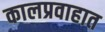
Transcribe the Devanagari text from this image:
कालप्रवाहात